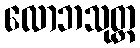
လောဘသုတ္တ